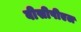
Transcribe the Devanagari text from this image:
बीसीपीएल